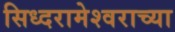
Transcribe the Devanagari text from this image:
सिध्दरामेश्वराच्या